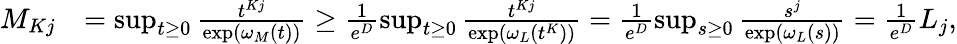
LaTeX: \begin{array}{rl}{M_{Kj}}&{=\operatorname*{sup}_{t\ge 0}\frac{t^{Kj}}{\exp(\omega_{M}(t))}\ge\frac{1}{e^{D}}\operatorname*{sup}_{t\ge 0}\frac{t^{Kj}}{\exp(\omega_{L}(t^{K}))}=\frac{1}{e^{D}}\operatorname*{sup}_{s\ge 0}\frac{s^{j}}{\exp(\omega_{L}(s))}=\frac{1}{e^{D}}L_{j},}\end{array}